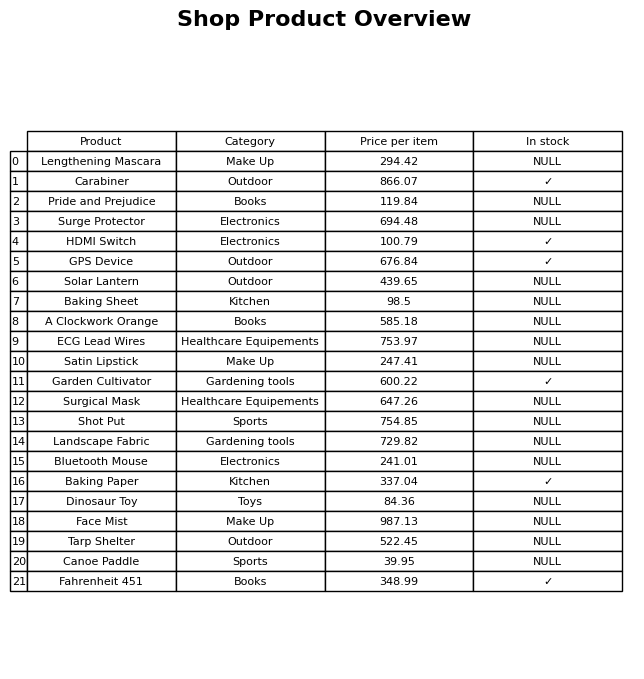
question: What is the price of the Dinosaur Toy?
answer: The price of Dinosaur Toy is 84.36.